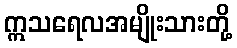
ဣသရေလအမျိုးသားတို့